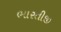
ભારતીજી